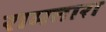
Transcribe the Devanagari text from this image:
रामतारा